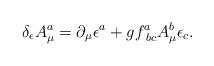
LaTeX: \begin{align*}\delta_\epsilon A^a_\mu = \partial_\mu\epsilon^a + g f^a_{ \;bc} A^b_\mu \epsilon_c.\end{align*}